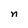
Character: n